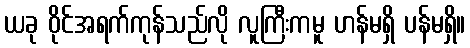
ယခု ဝိုင်အရက်ကုန်သည်လို လူကြီးကမူ ဟန်မရှိ ပန်မရှိ။